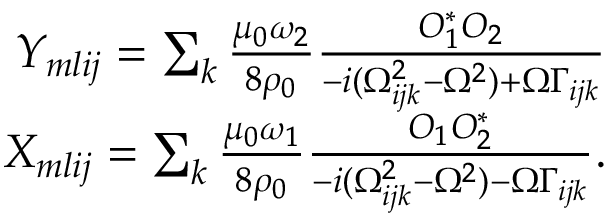
\begin{array} { r } { Y _ { m l i j } = \sum _ { k } \frac { { \mu _ { 0 } \omega _ { 2 } } } { 8 \rho _ { 0 } } \frac { O _ { 1 } ^ { * } O _ { 2 } } { - i ( \Omega _ { i j k } ^ { 2 } - \Omega ^ { 2 } ) + \Omega \Gamma _ { i j k } } } \\ { X _ { m l i j } = \sum _ { k } \frac { { \mu _ { 0 } \omega _ { 1 } } } { 8 \rho _ { 0 } } \frac { O _ { 1 } O _ { 2 } ^ { * } } { - i ( \Omega _ { i j k } ^ { 2 } - \Omega ^ { 2 } ) - \Omega \Gamma _ { i j k } } . } \end{array}